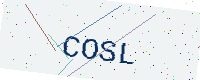
Text: COSL